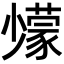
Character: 𡮹